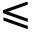
\leqslant